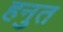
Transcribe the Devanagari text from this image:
हनुत